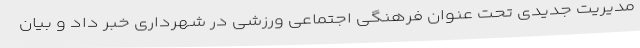
مدیریت جدیدی تحت عنوان فرهنگی اجتماعی ورزشی در شهرداری خبر داد و بیان